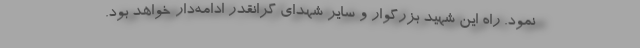
نمود. راه این شهید بزرگوار و سایر شهدای گرانقدر ادامه‌دار خواهد بود.